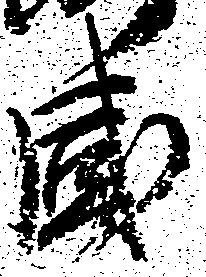
感